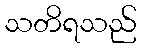
သတိရသည်